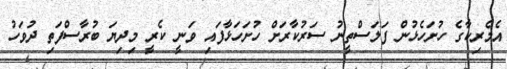
އެމެރިކާގެ ހުށަހެޅުން ފަލަސްތީނު ސަރުކާރަށް ހުށަހަޅާފައި ވަނީ ކެރީ މިދިޔަ ބުރާސްފަތި ދުވަހު